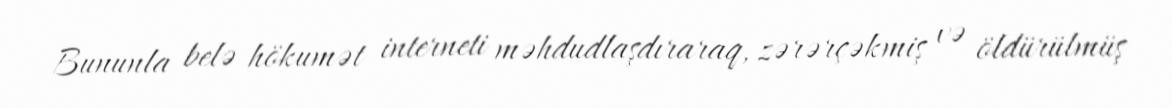
Bununla belə hökumət interneti məhdudlaşdıraraq, zərərçəkmiş və öldürülmüş